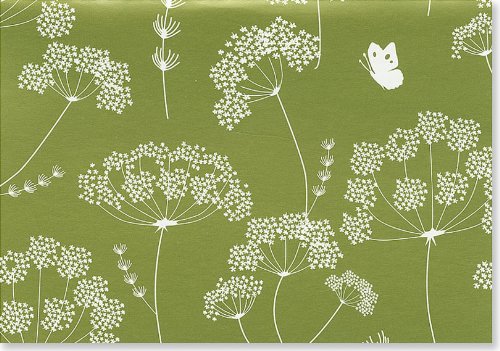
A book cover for Queen Anne's Lace Note Cards (Stationery) (Note Card Series); Peter Pauper Press; Crafts, Hobbies & Home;